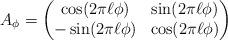
LaTeX: \begin{align*}A_\phi = \begin{pmatrix}\cos(2\pi \ell \phi)& \sin(2\pi \ell \phi)\\-\sin(2\pi \ell\phi)& \cos(2\pi \ell\phi)\end{pmatrix}\end{align*}